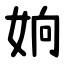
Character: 姠